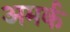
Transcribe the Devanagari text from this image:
अमर्क